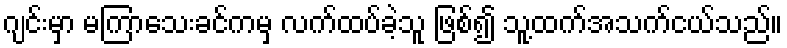
ဂျင်းမှာ မကြာသေးခင်ကမှ လက်ထပ်ခဲ့သူ ဖြစ်၍ သူ့ထက်အသက်ငယ်သည်။